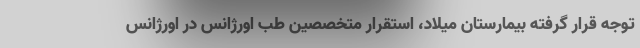
توجه قرار گرفته بيمارستان ميلاد، استقرار متخصصين طب اورژانس در اورژانس